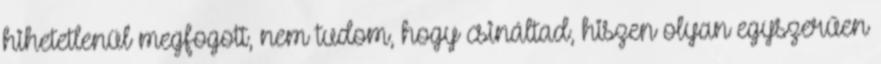
hihetetlenül megfogott, nem tudom, hogy csináltad, hiszen olyan egyszerűen